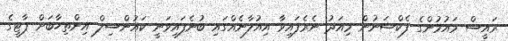
ރައީސް މައުމުންގެ ފެކްޝަނުން މިއަދު ނެރެފައިވާ އިއުލާނެއްގައި ބުނެފައިވަނީ ކައުންސިލް އިންތިހާބަށް ޕާޓީގެ